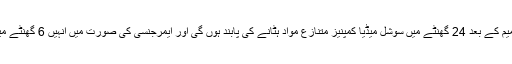
انہوں نے بتایا کہ نئی ترامیم کے بعد 24 گھنٹے میں سوشل میڈیا کمپنیز متنازع مواد ہٹانے کی پابند ہوں گی اور ایمرجنسی کی صورت میں انہیں 6 گھنٹے میں اس پر عمل کرنا ہو گا۔